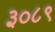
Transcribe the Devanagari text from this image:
३०८९